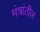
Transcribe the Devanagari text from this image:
मंत्रांतील